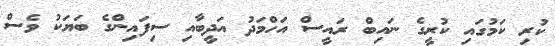
ކުރި ކަމުގައި ކުރީގެ ނައިބް ރައީސް އަހްމަދު އަދީބާއި ސިފައިންގެ ބަޔަކު ވެސް